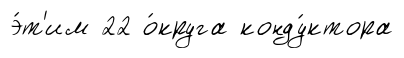
э́т'им 22 о́круга конду́ктора